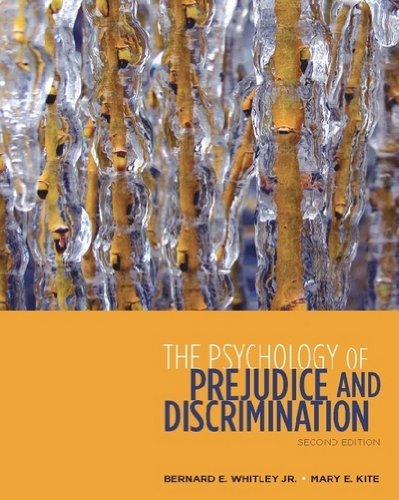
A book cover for The Psychology of Prejudice and Discrimination; Bernard E. Whitley; Parenting & Relationships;